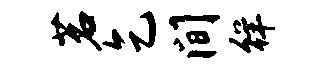
茗乞间徉